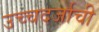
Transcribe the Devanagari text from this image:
उच्चदर्जाची